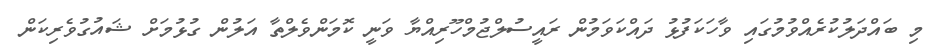
މި ބައްދަލުކުރެއްވުމުގައި ވާހަކަފުޅު ދައްކަވަމުން ރައީސުލްޖުމްހޫރިއްޔާ ވަނީ ކޮމަންވެލްތާ އަލުން ގުޅުމަށް ޝައުގުވެރިކަން